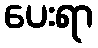
ပေးရာ